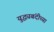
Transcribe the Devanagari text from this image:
युद्ध्यबंदीच्या